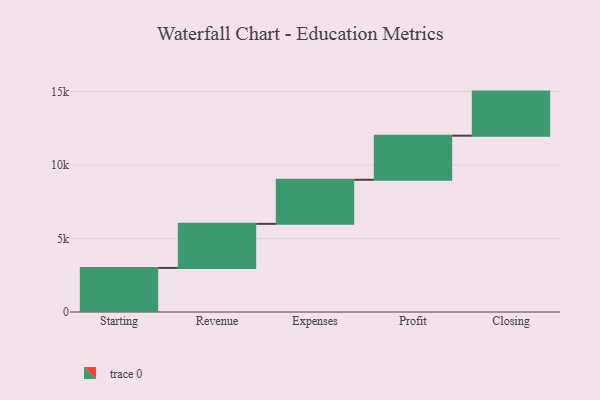
{"axis": {"x": "Step", "y": "Value"}, "legend": [""], "data": [{"x": "Starting", "y": 3000, "type": ""}, {"x": "Revenue", "y": 3000, "type": ""}, {"x": "Expenses", "y": 3000, "type": ""}, {"x": "Profit", "y": 3000, "type": ""}, {"x": "Closing", "y": 3000, "type": ""}]}